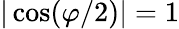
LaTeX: |\cos(\varphi/2)|=1